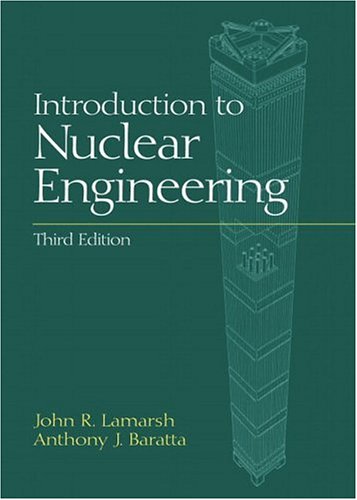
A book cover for Introduction to Nuclear Engineering (3rd Edition); John R. Lamarsh; Engineering & Transportation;